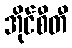
အိုင်စီတီ